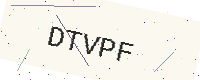
Text: DTVPF